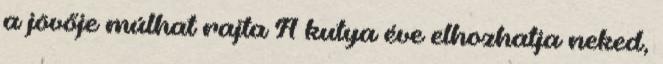
a jövője múlhat rajta A kutya éve elhozhatja neked,